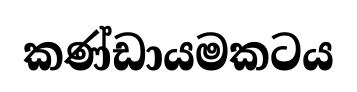
කණ්ඩායමකටය